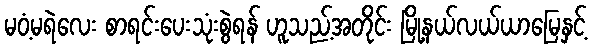
မဝံ့မရဲလေး စာရင်းပေးသုံးစွဲရန် ဟူသည့်အတိုင်း မြို့နယ်လယ်ယာမြေနှင့်